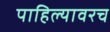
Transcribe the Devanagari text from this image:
पाहिल्यावरच